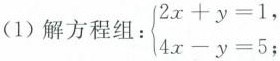
(1) 解方程组 : $$\left\{ \begin{matrix} 2x+y=1, \\ 4x-y=5; \end{matrix} \right.$$